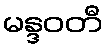
မန္ဒဝတီ